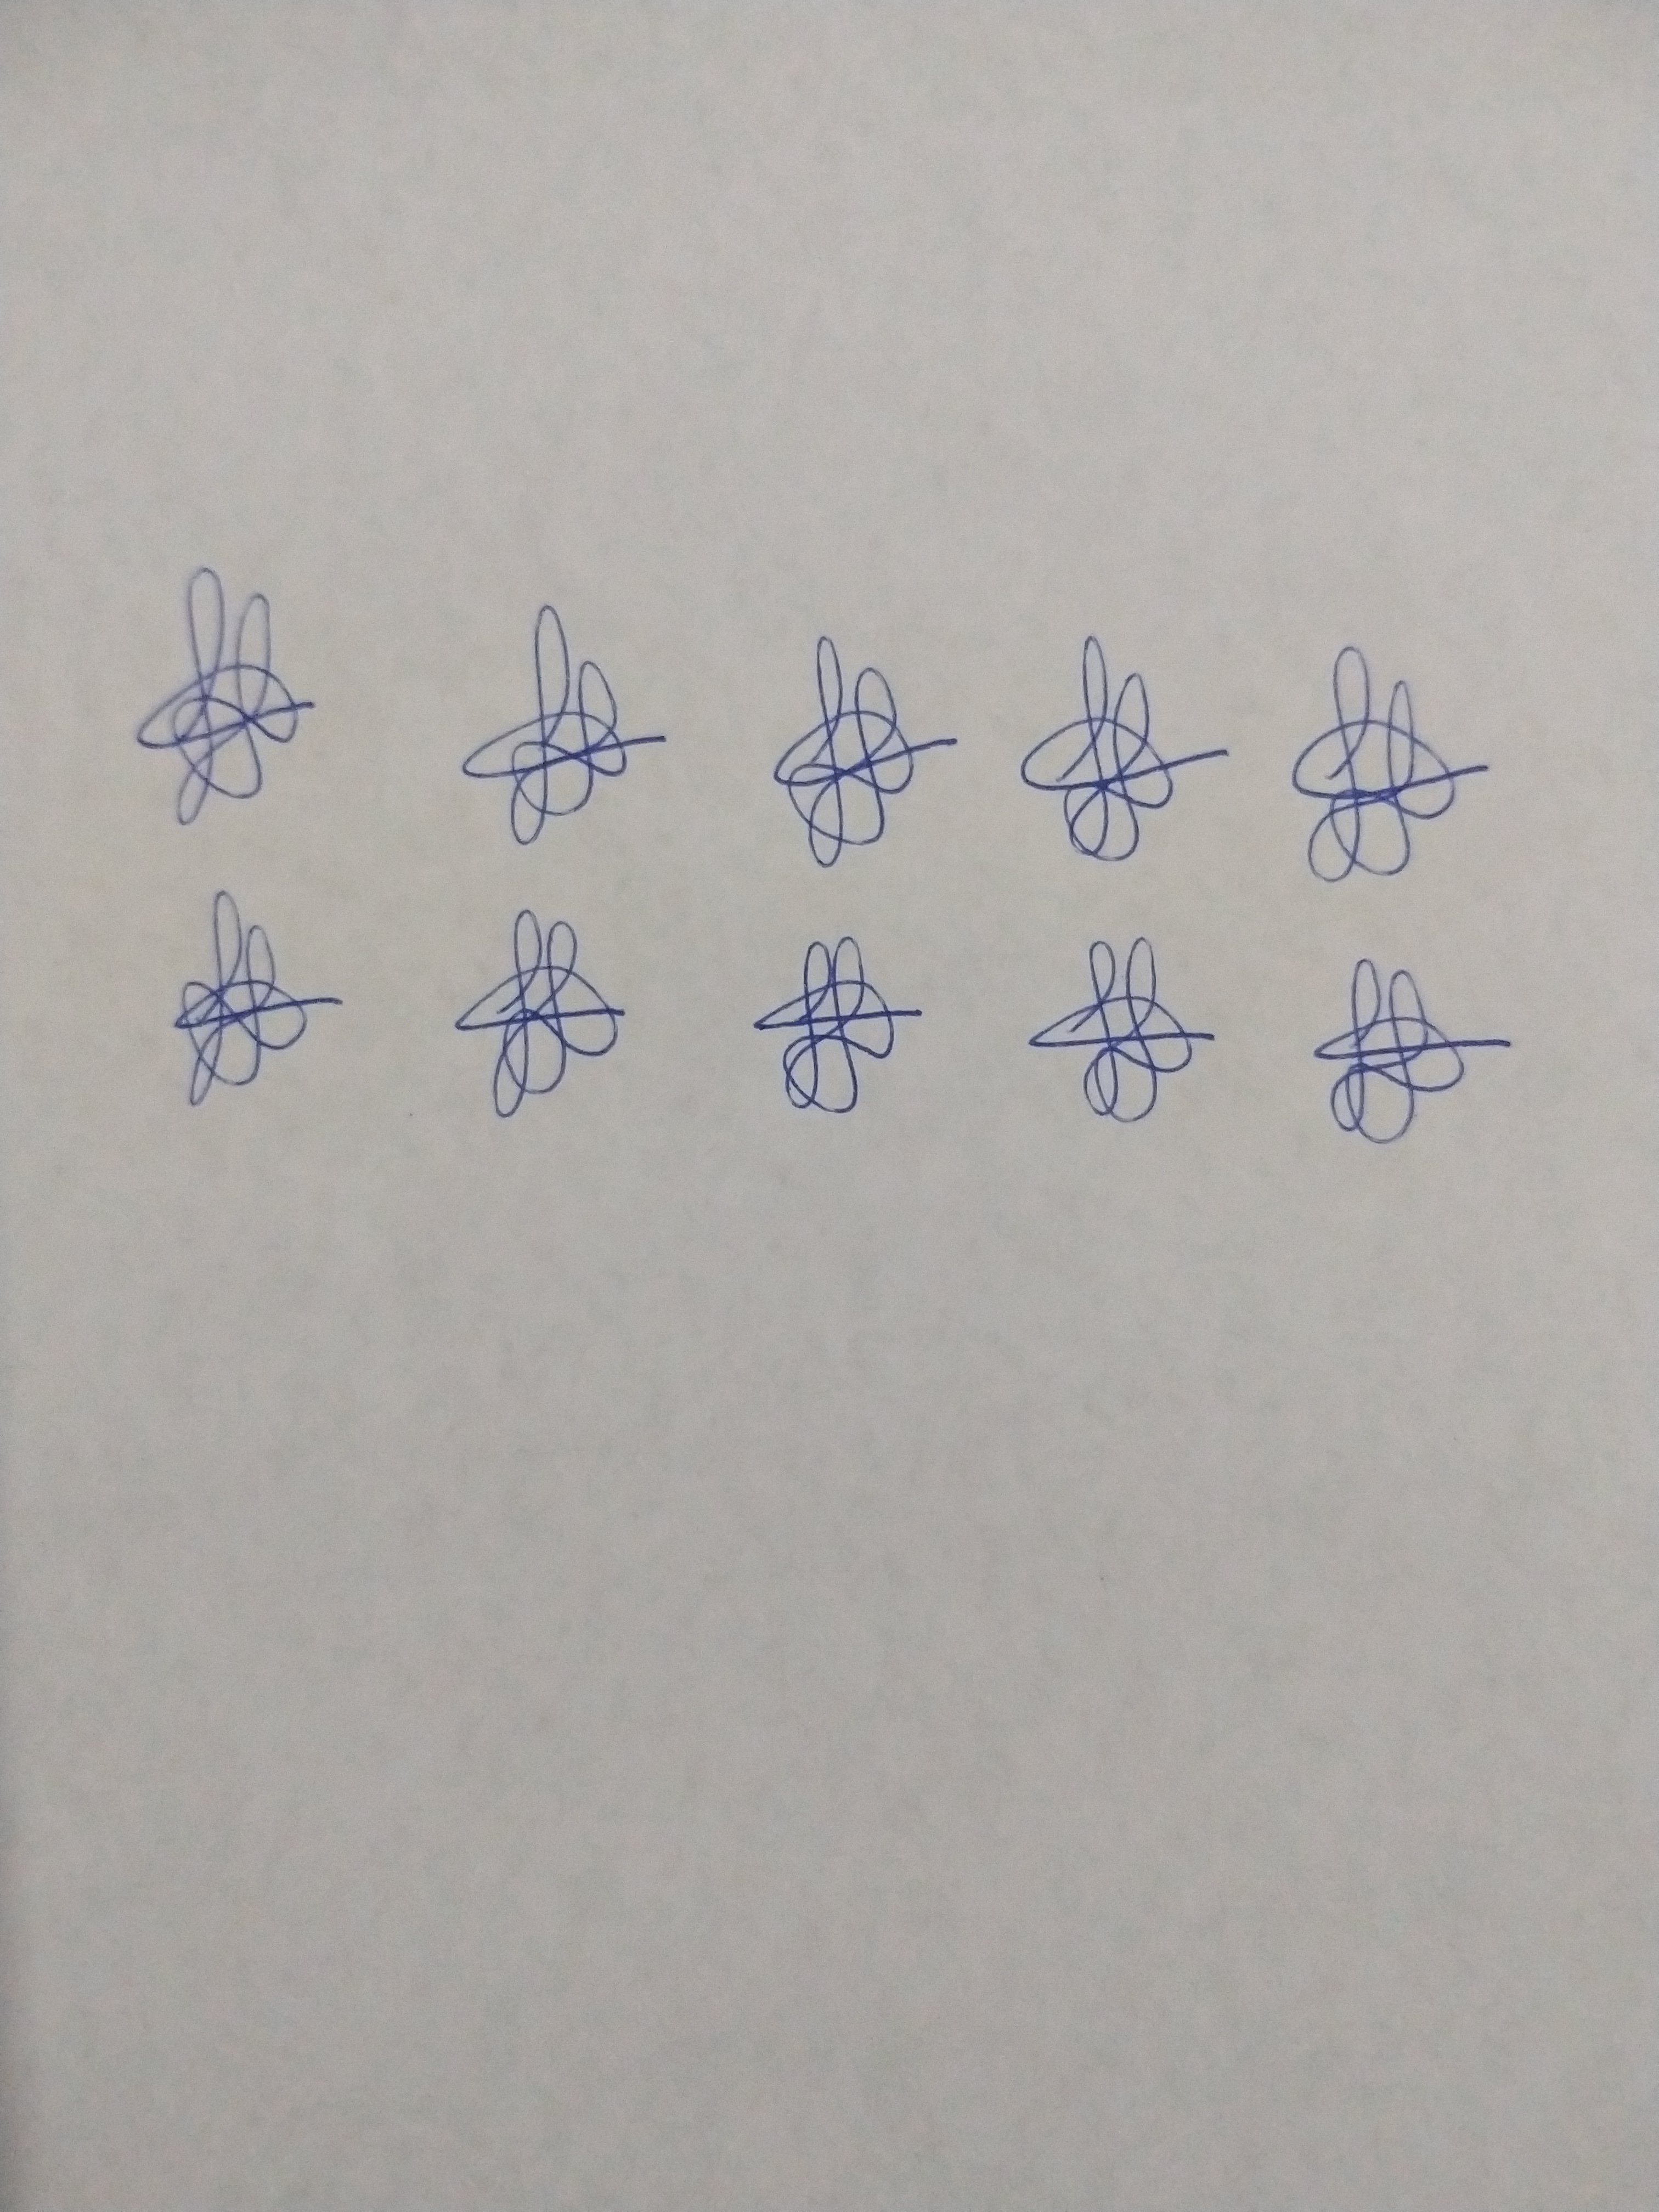
Signature authenticity: genuine